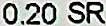
0.20 SR